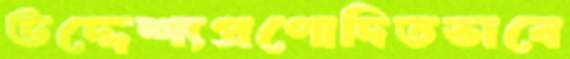
উদ্দেশ্যপ্রণোদিতভাবে